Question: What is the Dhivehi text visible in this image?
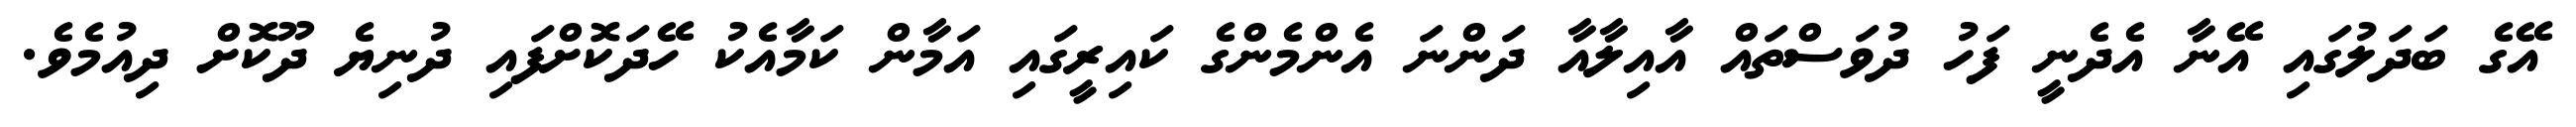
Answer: އޭގެ ބަދަލުގައި އޭނާ އެދެނީ ފަހު ދުވަސްތައް އާއިލާއާ ދަންނަ އެންމެންގެ ކައިރީގައި އަމާން ކަމާއެކު ހޭދަކޮށްފައި ދުނިޔެ ދޫކޮށް ދިއުމެވެ.